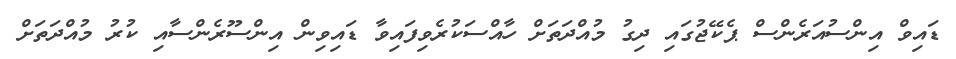
ޑައިވް އިންސުއަރެންސް ޕެކޭޖުގައި ދިގު މުއްދަތަށް ހާއްސަކުރެވިފައިވާ ޑައިވިން އިންސޫރެންސާއި ކުރު މުއްދަތަށް